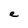
Character: e